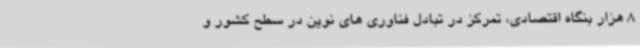
8 هزار بنگاه اقتصادی، تمرکز در تبادل فناوری های نوین در سطح کشور و